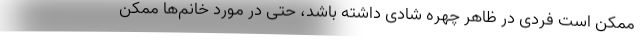
ممکن است فردی در ظاهر چهره شادی داشته باشد، حتی در مورد خانم‌ها ممکن